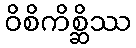
ဝိစိကိစ္ဆိဿ